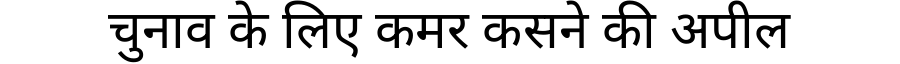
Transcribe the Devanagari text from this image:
चुनाव के लिए कमर कसने की अपील